Jaan_Tonisson_(Lasteleht), lk 533
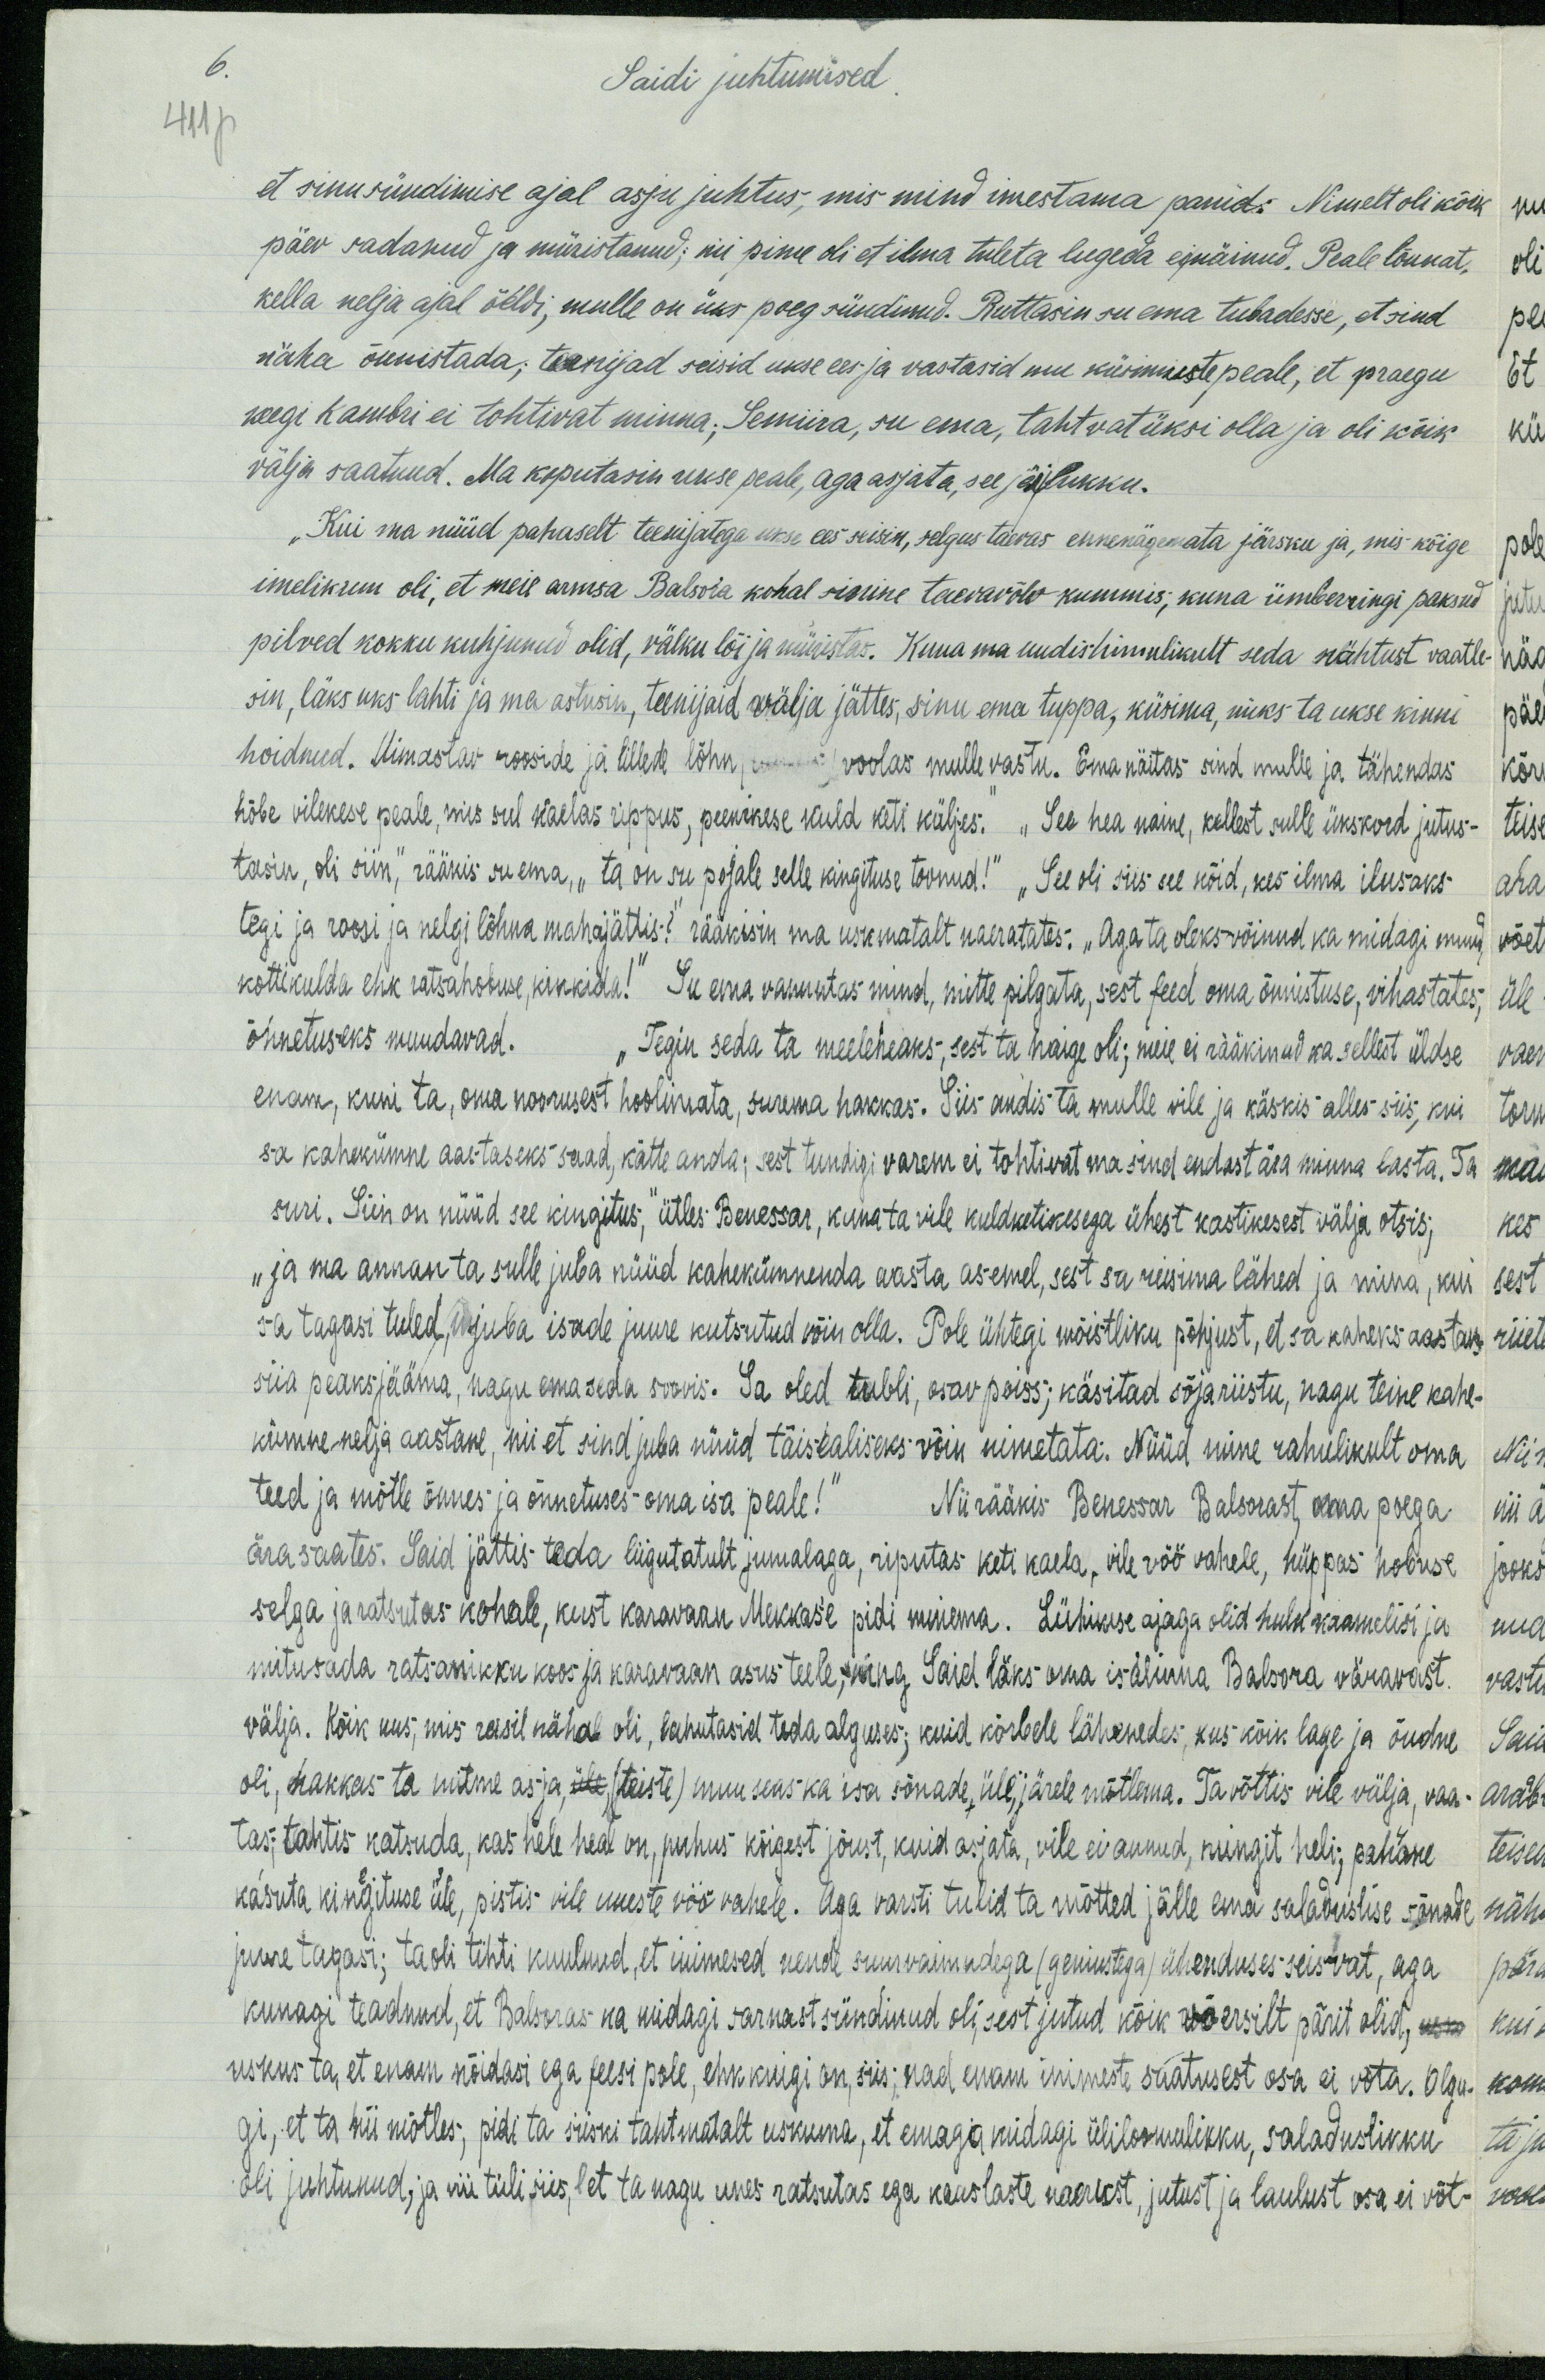
Saidi juhtumised.
et sinu sündimise ajal asju juhtus, mis mind imestama panid. Nimelt oli kõik
päev sadanud ja müristanud; nii pime oli et ilma tuleta lugeda ei näinud. Peale lõunat,
kella nelja ajal öeldi, mulle on üks poeg sündinud. Ruttasin su ema tubadesse, et sind
näha õnnistada; teenijad seisid ukse ees ja vastasid mu küsimuste peale, et praegu
keegi kambri ei tohtivat minna. Semiira, su ema, tahtvat üksi olla ja oli kõik
välja saatnud. Ma koputasin uuse peale, aga asjata, see jäi lukku.
„Kui ma nüüd pahaselt teenijatega ukse ees seisin, selgus taevas ennenägemata järsku ja, mis kõige
imelikum oli, et meie armsa Balsora kohal sinine taevavõlv kummis; kuna ümberringi paksud
pilved kokku kuhjunud olid, välku lõi ja müristas. Kuna ma uudishimulikult seda nähtust vaatle-
sin, läks uks lahti ja ma astusin, teenijaid wälja jättes, sinu ema tuppa, küsima, miks ta ukse kinni
hoidnud. Uimastav rooside ja lillede lõhn, voolas mulle vastu. Ema näitas sind mulle ja tähendas
hõbe vilekese peale, mis sul kaelas rippus, peenikese kuld keti küljes. „See hea naine, kellest sulle ükskord jutus-
tasin, oli siin," rääkis su ema, „ta on su pojale selle kingituse toonud!" „See oli siis see nõid, kes ilma ilusaks
tegi ja roosi ja nelgi lõhna maha jättis?" rääkisin ma uskmatalt naeratates. „Aga ta oleks võinud ka midagi muud,
kottikulda ehk ratsahohuse kinkida!" Su ema vannutas mind, mitte pilgata, sest need oma õnnistuse, vihastates,
õnnetuseks muudavad. „Tegin seda ta meelehaks, sest ta haige oli; meie ei rääkinud ka sellest üldse
enam, kuni ta, oma noorusest hoolimata, surema hakkas. Siis andis ta mulle vile ja käskis alles siis, kui
sa kahekümne aastaseks saad, kätte anda, sest tundis; varem ei tohtivat ma sind endast ära minna lasta. Ta
suri. Siin on nüüd see kingitus," ütles Brenessar, kuna ta vile kuldketikesega ühest kastikesest välja otsis,
"ja ma annan ta sulle juba nüüd kahekümnenda aasta asemel, sest sa reisima lähed ja mina, kui
sa tagasi tuled, juba isade juure kutsutud võin olla. Pole ühtegi mõistliku põhjust, et sa kaheks aastaks
siia peaks jääma, nagu ema seda soovis. Sa oled tubli, elav poiss; käsitad sõjariistu, nagu teine kahe-
kümne nelja aastane, nii et sind juba nüüd täisealiseks võin nimetata. Nüid nime rahulikult oma
teed ja mõtle õnnes ja õnnetuses oma isa peale!" Nii rääkis Brenessar Balmast, oma poega
ära saates. Said jättis teda liigutatult jumalaga, riputas keti kaela, vile vöö vahele, hüppas hobuse
selga ja ratsutas kohale, kust karavaan Mekkaste pidi minema. Lühikese ajaga olid hulk kaamelisi ja
mitusada ratsanikku koos ja karavaan asus teele, ning Said läks oma isalinna Balsora väravast
välja. Kõik uus, mis reisil nähal oli, lohutasid teda alguses; kuid kõrbele lähenedus, kus kõik lage ja õudne
oli, hakkas ta mitme asja, üle (teiste) muuseas ka isa sõnade, üle, järele mõtlema. Ta võttis vile välja, vaa-
tas; tahtis katsuda, kas hele heal on, puhus kõigest jõust, kuid asjata, vile ei annud, mingit heli; pahane
kasuta kingituse üle, pistis vile uueste vöö vahele. Aga varsti tulid ta mõtted jälle ema saladusliste sõnade
juure tagasi; ta oli tihti kuulnud, et inimesed nende suurvaimudega (geniustega) ühenduses seisvat, aga
kunagi teadnud, et Balsoras ka midagi sarnast sündinud oli, eest jutud kõik võersilt pärit olid,
uskus ta, et enam nõidasi ega feesi pole, ehk kuigi on siis; nad enam inimeste osa ei võta. Olgu-
gi, et ta nii mõtles; pidi ta siiski tahtmatalt uskuma, et emaga midagi ülilomulikku, saladuslikku
oli juhtunud; ja nii tuli siis, et ta nagu unes ratsutas ega kaaslaste naerust, jutust ja laulust osa ei võt-

6.
411p